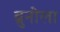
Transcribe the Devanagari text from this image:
ब्रुनोला